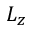
L _ { z }